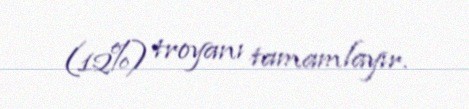
(12%) troyanı tamamlayır.